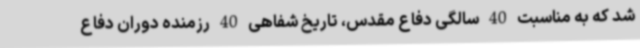
شد که به مناسبت 40 سالگی دفاع مقدس، تاریخ شفاهی 40 رزمنده دوران دفاع